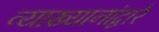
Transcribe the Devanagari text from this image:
व्याख्यानांद्वारे